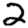
Digit: 2